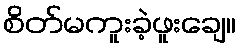
စိတ်မကူးခဲ့ဖူးချေ။